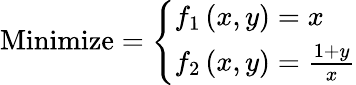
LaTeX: {\mathrm{Minimize}}={\left\{ \begin{array}{ll}{f_{1}\left(x,y\right)=x}\\ {f_{2}\left(x,y\right)={\frac{1+y}{x}}}\end{array}\right.}